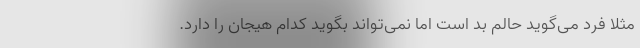
مثلا فرد می‌گوید حالم بد است اما نمی‌تواند بگوید کدام هیجان را دارد.